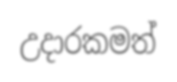
උදාරකමත්